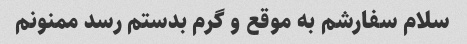
سلام سفارشم به موقع و گرم بدستم رسد ممنونم